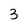
Character: 3